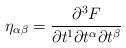
LaTeX: \begin{align*}\eta _{\alpha \beta }=\frac{\partial ^{3}F}{\partial t^{1}\partial t^{\alpha}\partial t^{\beta }} \end{align*}